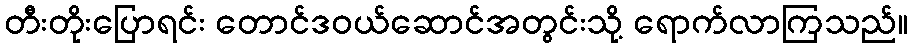
တီးတိုးပြောရင်း တောင်ဒဝယ်ဆောင်အတွင်းသို့ ရောက်လာကြသည်။